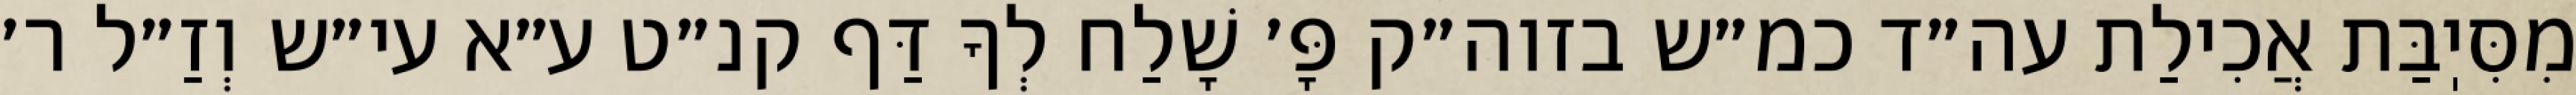
מִסִּיֽבַּת אֲכִילַת עה״ד כמ״ש בזוה״ק פָּ׳ שָׁלַח לְךָ דַּף קנ״ט ע״א עי״ש וְזַ״ל ר׳